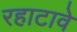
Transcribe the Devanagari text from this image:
रहाटावे